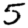
Digit: 5